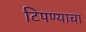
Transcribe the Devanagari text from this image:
टिपण्याचा